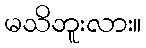
မသိဘူးလား။